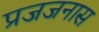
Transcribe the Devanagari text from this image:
प्रजजनास